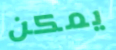
يمكن